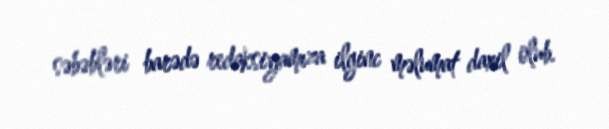
səbəbləri barədə redaksiyamıza ilginc məlumat daxil olub.